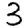
Digit: 3